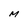
Character: M